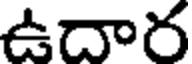
ఉదార